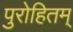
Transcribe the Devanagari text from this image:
पुरोहितम्